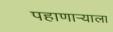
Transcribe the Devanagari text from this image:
पहाणाऱ्याला